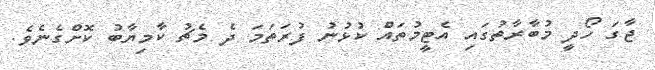
ޖާގަ ހޯދީ މުބާރާތުގައި އެޓީމުތައް ކުޅުނު ފުރަތަމަ ދެ މެޗު ކާމިޔާބު ކޮށްގެނެވެ.